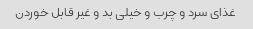
غذای سرد و چرب و خیلی بد و غیر قابل خوردن